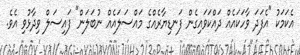
އެކަމަކު "އެފަދަ ވާހަކައެއް ދައްކަވައިގެން ފަނޑިޔާރެއްގެ މައްސަލައެއް ނުބަލަން" ފައިސަލް ވިދާޅުވި އެވެ.